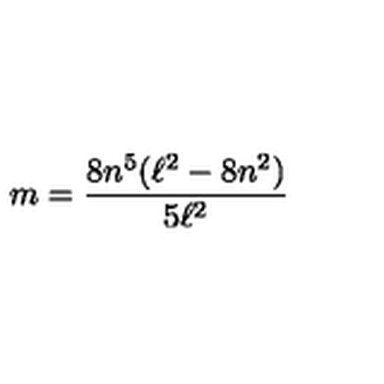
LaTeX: m = \frac { 8 n ^ { 5 } ( \ell ^ { 2 } - 8 n ^ { 2 } ) } { 5 \ell ^ { 2 } }